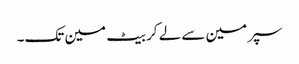
سپر مین سے لے کر بیٹ مین تک۔